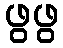
ဖွဖွ